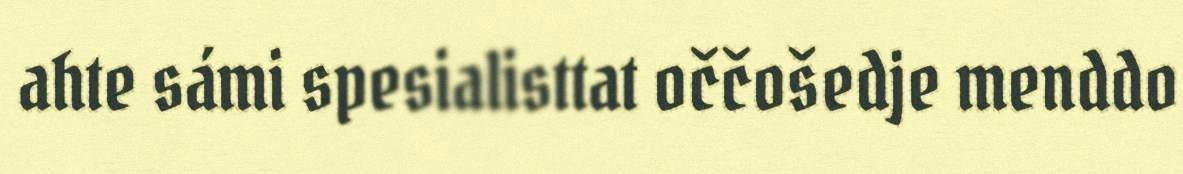
ahte sámi spesialisttat oččošedje menddo